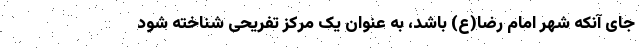
جای آنکه شهر امام رضا(ع) باشد، به عنوان یک مرکز تفریحی شناخته شود